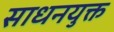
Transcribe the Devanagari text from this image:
साधनयुक्त